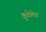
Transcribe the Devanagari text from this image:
कुठेलेच